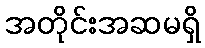
အတိုင်းအဆမရှိ